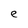
Character: e